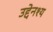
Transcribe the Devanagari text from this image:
उद्देनश्‍य